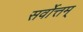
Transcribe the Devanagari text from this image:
सर्वोत्तम्